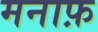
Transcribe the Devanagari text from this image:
मनाफ़